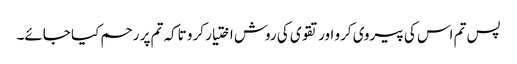
پس تم اس کی پیروی کرو اور تقوی کی روش اختیار کرو تاکہ تم پر رحم کیا جائے۔